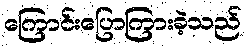
ကြောင်းပြောကြားခဲ့သည်